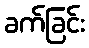
ခက်ခြင်း